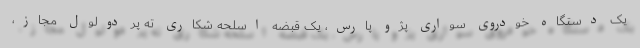
یک دستگاه خودروی سواری پژو پارس، یک قبضه اسلحه شکاری ته پر دولول مجاز،